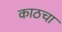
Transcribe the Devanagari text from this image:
काठचा